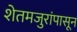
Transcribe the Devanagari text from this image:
शेतमजुरांपासून